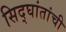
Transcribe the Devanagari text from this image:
सिद्घांतांची